Epidemic dropsy in Calcutta - Number 49
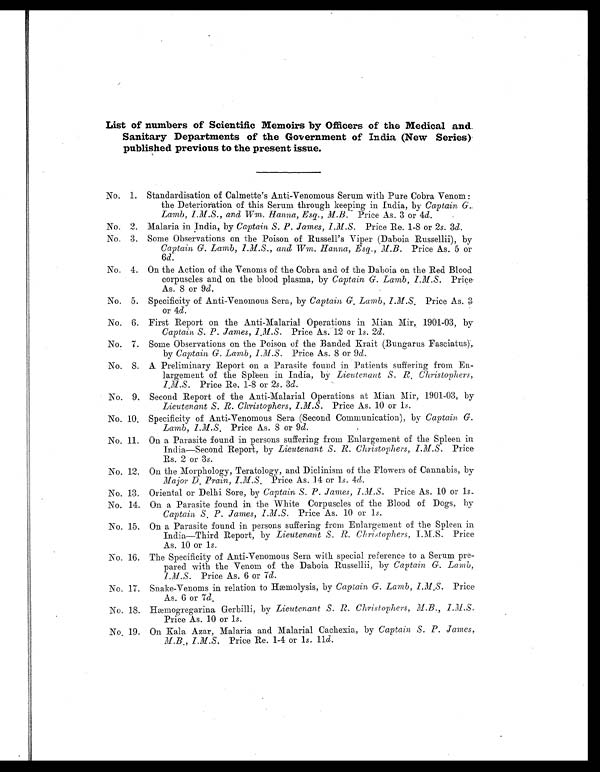
List of numbers of Scientific Memoirs by Officers of the Medical and
Sanitary Departments of the Government of India (New Series)
published previous to the present issue.
No. 1. Standardisation of Calmette's Anti-Venomous Serum with Pure Cobra Venom :
the Deterioration of this Serum through keeping in India, by Captain G.
Lamb, I.M.S., and Wm. Hanna, Esq., M.B. Price As. 3 or 4d.
No. 2. Malaria in India, by Captain S. P. James, I.M.S. Price Re. 1-8 or 2s. 3d.
No. 3. Some Observations on the Poison of Russell's Viper (Daboia Russellii), by
Captain G. Lamb, I.M.S., and Wm. Hanna, Esq., M.B. Price As. 5 or
6d.
No. 4. On the Action of the Venoms of the Cobra and of the Daboia on the Red Blood
corpuscles and on the blood plasma, by Captain G. Lamb, I.M.S. Price.
As. 8 or 9d.
No. 5. Specificity of Anti-Venomous Sera, by Captain G. Lamb,I.M.S.
Price As. 3.
or 4d.
No. 6. First Report on the Anti-Malarial Operations in Mian. Mir, 1901-03, by
Captain S. P. James,
Price As. 12 or 1s. 2d.
No. 7. Some Observations on the Poison of the Banded Krait (Bungarus Fasciatus),
by Captain G. Lamb, I.M.S. Price As. 8 or 9d.
No. 8. A Preliminary Report on a Parasite found in Patients suffering from En-
largement of the Spleen in India, by Lieutenant S. R, Christophers,
Price Re. 1-8 or 2s. 3d.
No. 9. Second Report of the Anti-Malarial Operations at Mian Mir, 1901-03, by
Lieutenant S. R. Christophers, I.M.S. Price As. 10 or 1s.
No. 10. Specificity of Anti-Venomous Sera (Second Communication), by Captain G.
Lamb,I.M.S.
Price As. 8 or 9d.
No. 11 On a Parasite found in persons suffering from Enlargement of the Spleen in
India—Second Report, by Lieutenant S. R. Chtistophers, I.M.S. Price.
Rs. 2 or 3s.
No. 12. On the Morphology, Teratology, and Diclinism of the Flowers of Cannabis, by
Major D. Prain,I.M.S.
Price As. 14 or 1s. 4d.
No. 13. Oriental or Delhi Sore, by Captain S. P. James, I.M.S. Price As. 10 or 1s.
No. 14. On a Parasite found in the White Corpuscles of the Blood of Dogs, by
Captain S. P. James,
Price As. 10 or 1 s.
No. 15. On a Parasite found in persons suffering from Enlargement of the Spleen in
India—Third Report, by Lieutenant S. R. Christophers, I.M.S. Price
As. 10 or 1s.
No. 16. The Specificity of Anti-Venomous Sera with special reference to a Serum pre-
pared with the Venom of the Daboia Russellii, by Captain G. Lamb,
I.M.S. Price As. 6 or 7d.
No. 17. Snake-Venoms in relation to Hæmolysis, by Captain G. Lamb,I.M.S.
Price
As. 6 or 7d.
No. 18. Hæmogregarina Gerbilli, by Lieutenant. S. R. Christophers, M.B., I.M.S.
Price As. 10 or 1s.
No. 19. On Kala Azar, Malaria and Malarial Cachexia, by Captain S. P. James,M.B., I.M.S.
Price Re. 1-4 or 1s. 11d.